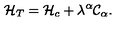
{ \cal H } _ { T } = { \cal H } _ { c } + \lambda ^ { \alpha } { \cal C } _ { \alpha } .